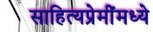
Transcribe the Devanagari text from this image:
साहित्यप्रेमींमध्ये